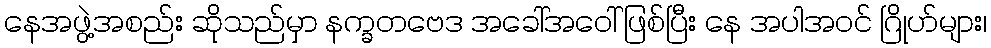
နေအဖွဲ့အစည်း ဆိုသည်မှာ နက္ခတဗေဒ အခေါ်အဝေါ် ဖြစ်ပြီး နေ အပါအဝင် ဂြိုဟ်များ၊